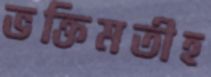
ভক্তিমতীহ